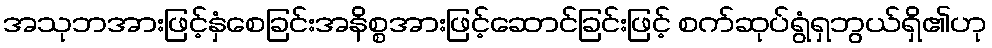
အသုဘအားဖြင့်နှံစေခြင်းအနိစ္စအားဖြင့်ဆောင်ခြင်းဖြင့် စက်ဆုပ်ရွံရှဘွယ်ရှိ၏ဟု